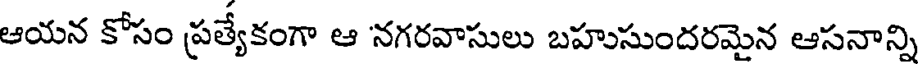
ఆయన కోసం ప్రత్యేకంగా ఆ 'నగరవాసులు బహుసుందరమైన ఆసనాన్ని